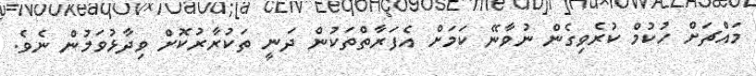
މައްޗަށް ހުކުމް ކުރެވިގެން ނުވާނޭ ކަމަށް އެފަރާތްތަކުން ދަނީ ތަކުރާރުކޮށް ވިދާޅުވަމުން ނެވެ.